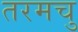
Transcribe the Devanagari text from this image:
तरमचु